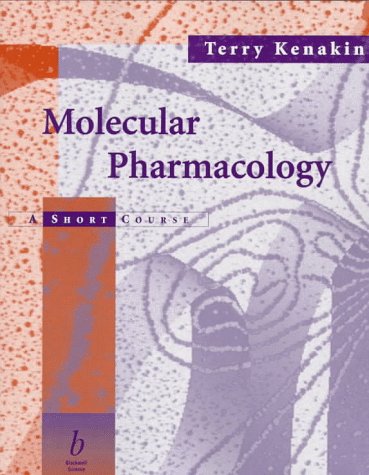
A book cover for Molecular Pharmacology: A Short Course; Terry Kenakin; Medical Books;